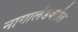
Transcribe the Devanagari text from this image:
नागालँडवरील